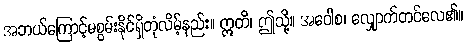
အဘယ်ကြောင့်မစွမ်းနိုင်ရှိတုံလိမ့်နည်း။ ဣတိ၊ ဤသို့။ အဝေါစ၊ လျှောက်တင်လေ၏။